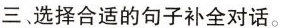
三、选择合适的句子补全对话。